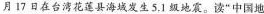
17日在台湾花莲县海城发生5.1地震。读”中国地